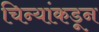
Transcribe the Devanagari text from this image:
चिन्यांकडून